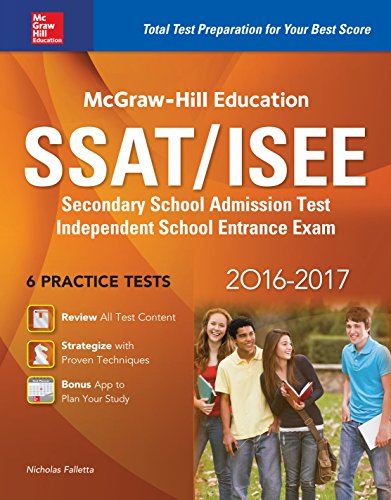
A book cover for McGraw-Hill Education SSAT/ISEE 2016-2017; Nicholas Falletta; Test Preparation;